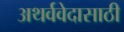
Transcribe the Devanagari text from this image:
अथर्ववेदासाठी